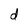
Character: d